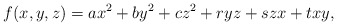
\begin{align*}f(x,y,z)=ax^2+by^2+cz^2+ryz+szx+txy,\end{align*}